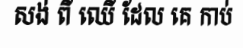
សង់ ពី ឈើ ដែល គេ កាប់